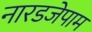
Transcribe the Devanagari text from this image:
नारडजेपाम